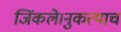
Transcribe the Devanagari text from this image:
जिंकले।नुकत्याच